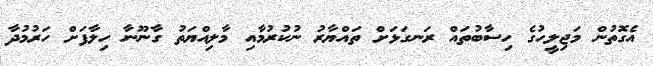
އެގޮތުން މަޖިލީހުގެ ހިސާބުތައް ރަނގަޅަށް ތައްޔާރު ނުކުރުމާއި މާލިއްޔަތު ގާނޫނާ ހިލާފަށް ހަރުމުދާ